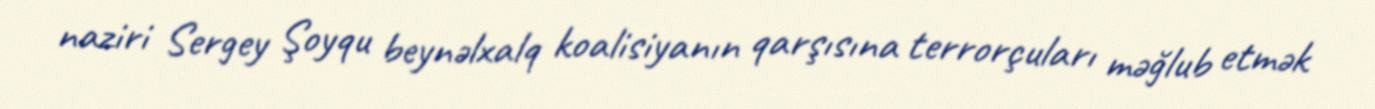
naziri Sergey Şoyqu beynəlxalq koalisiyanın qarşısına terrorçuları məğlub etmək